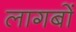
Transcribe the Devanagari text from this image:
लागबों